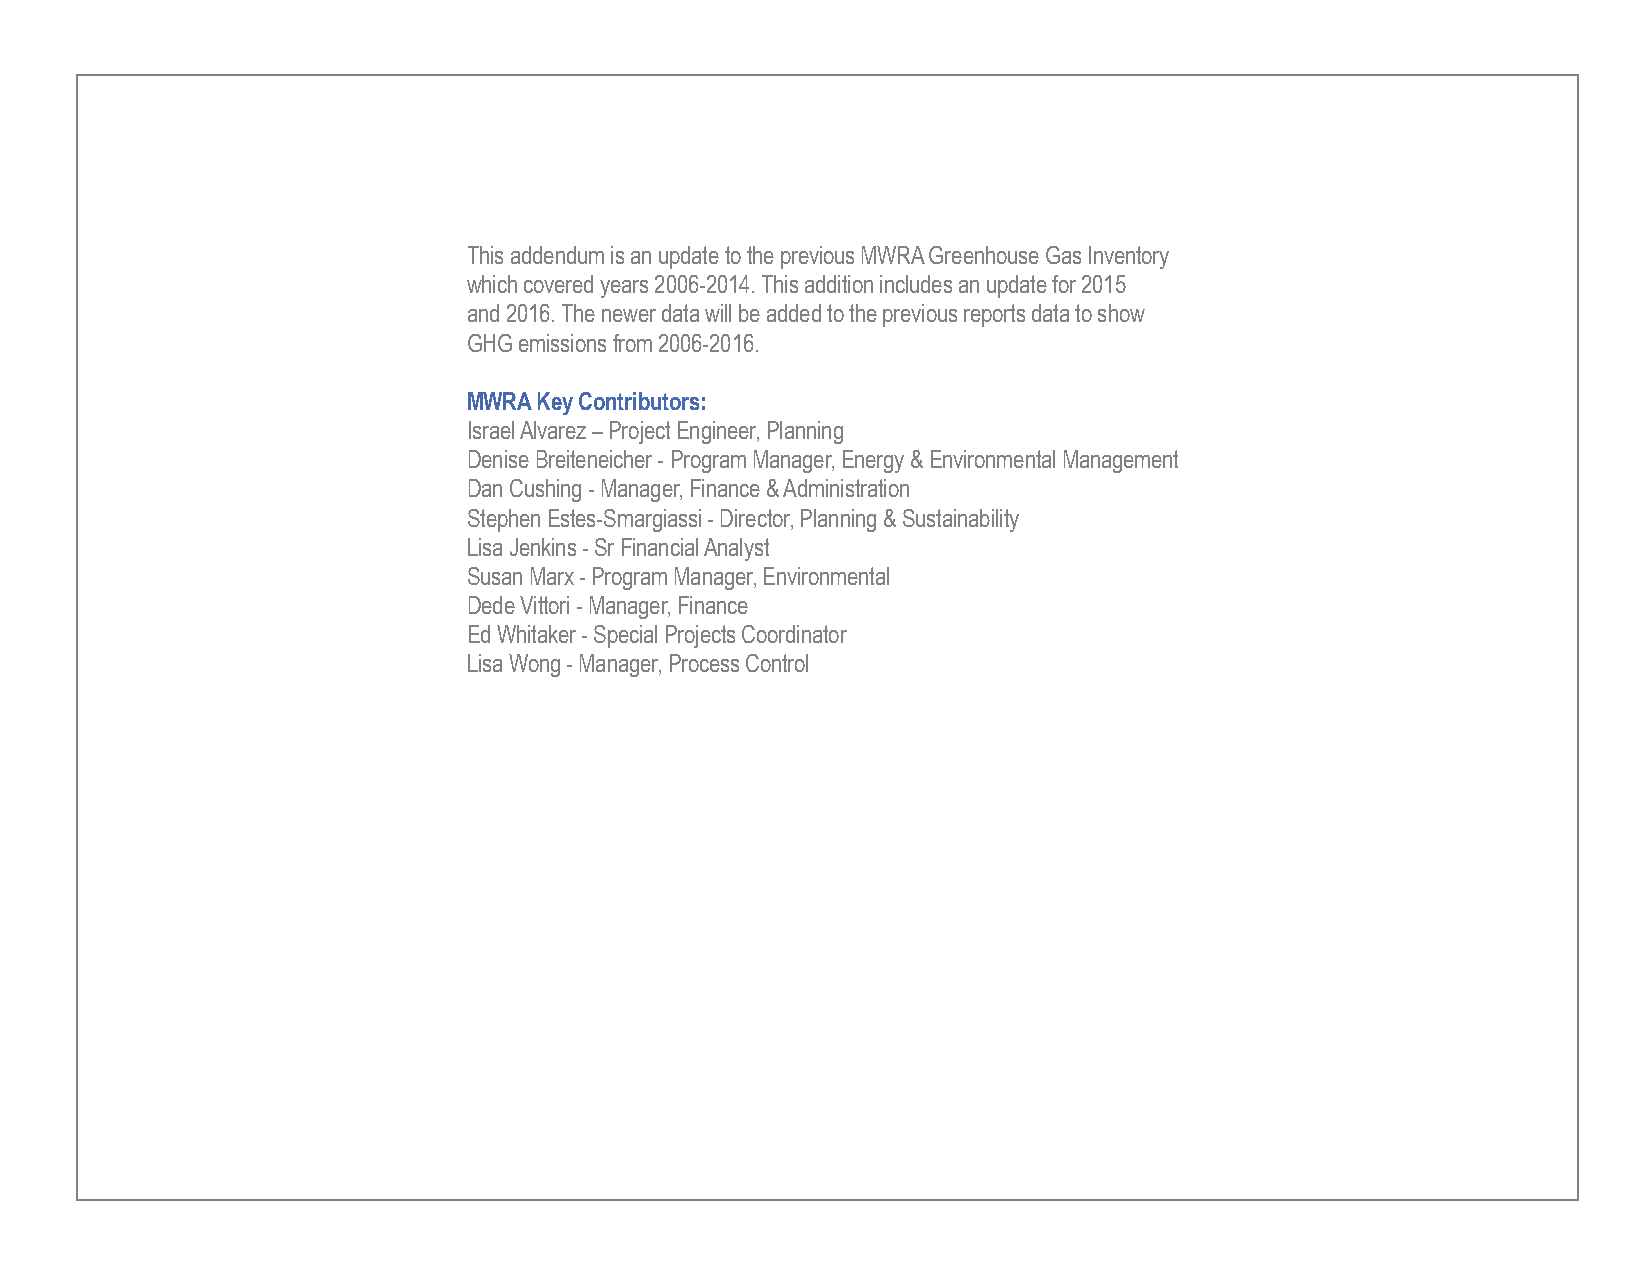
This addendum is an update to the previous MWRA Greenhouse Gas Inventory
 which covered years 2006-2014. This addition includes an update for 2015
 and 2016. The newer data will be added to the previous reports data to show
 GHG emissions from 2006-2016.
 MWRA Key Contributors:
 Israel Alvarez – Project Engineer, Planning
 Denise Breiteneicher - Program Manager, Energy & Environmental Management
 Dan Cushing - Manager, Finance & Administration
 Stephen Estes-Smargiassi - Director, Planning & Sustainability
 Lisa Jenkins - Sr Financial Analyst
 Susan Marx - Program Manager, Environmental
 Dede Vittori - Manager, Finance
 Ed Whitaker - Special Projects Coordinator
 Lisa Wong - Manager, Process Control